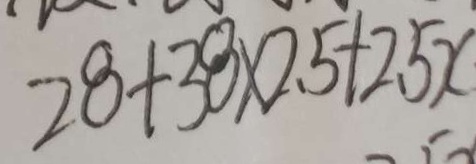
2 8 + 3 8 \times 2 . 5 + 2 . 5 x